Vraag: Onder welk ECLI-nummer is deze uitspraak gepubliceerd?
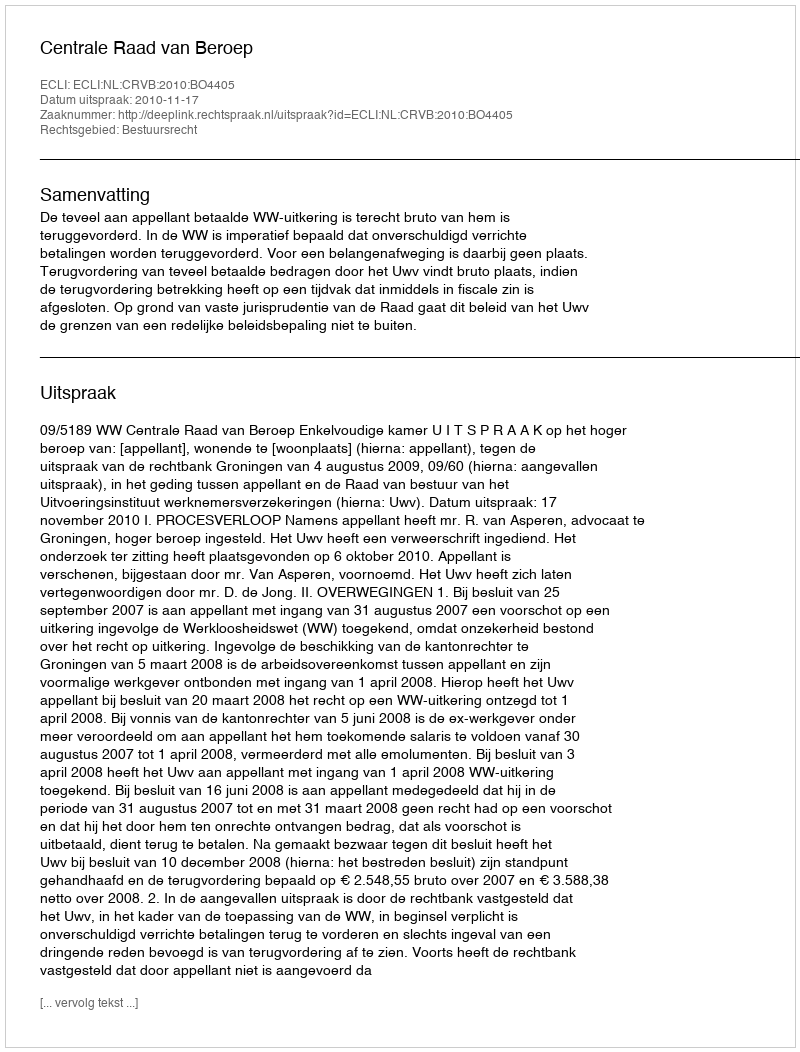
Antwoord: ECLI:NL:CRVB:2010:BO4405